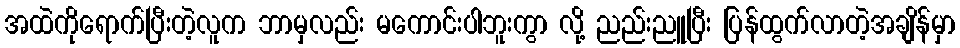
အထဲကိုရောက်ပြီးတဲ့လူက ဘာမှလည်း မကောင်းပါဘူးကွာ လို့ ညည်းညူပြီး ပြန်ထွက်လာတဲ့အချိန်မှာ